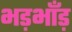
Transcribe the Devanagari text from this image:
भड़भाँड़